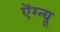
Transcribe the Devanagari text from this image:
ऍग्न्यू